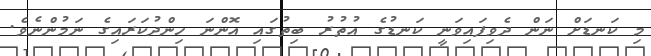
މި ކަނޑަށް ނަން ދެވިފައިވަނީ ކަނޑުގެ އުތުރު ބިތުގައި އޮންނަ ހިންދުކަރައިގެ ނަމުންނެވެ.